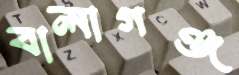
বালাগঞ্জ